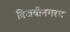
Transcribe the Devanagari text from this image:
विजयीनगरम